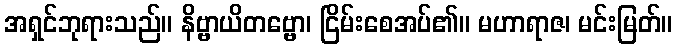
အရှင်ဘုရားသည်။ နိဗ္ဗာယိတဗ္ဗော၊ ငြိမ်းစေအပ်၏။ မဟာရာဇ၊ မင်းမြတ်။